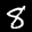
Label: 8